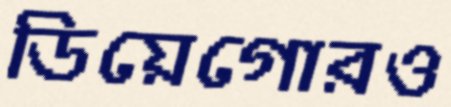
ডিয়েগোরও